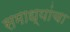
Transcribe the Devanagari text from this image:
समाध्यांचा